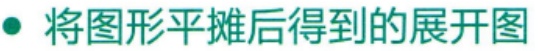
将图形平摊后得到的展开图